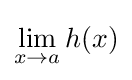
\lim _{x\to a}h(x)